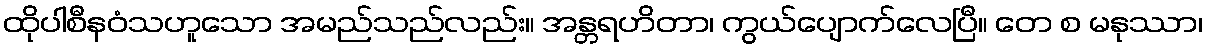
ထိုပါစီနဝံသဟူသော အမည်သည်လည်း။ အန္တရဟိတာ၊ ကွယ်ပျောက်လေပြီ။ တေ စ မနုဿာ၊